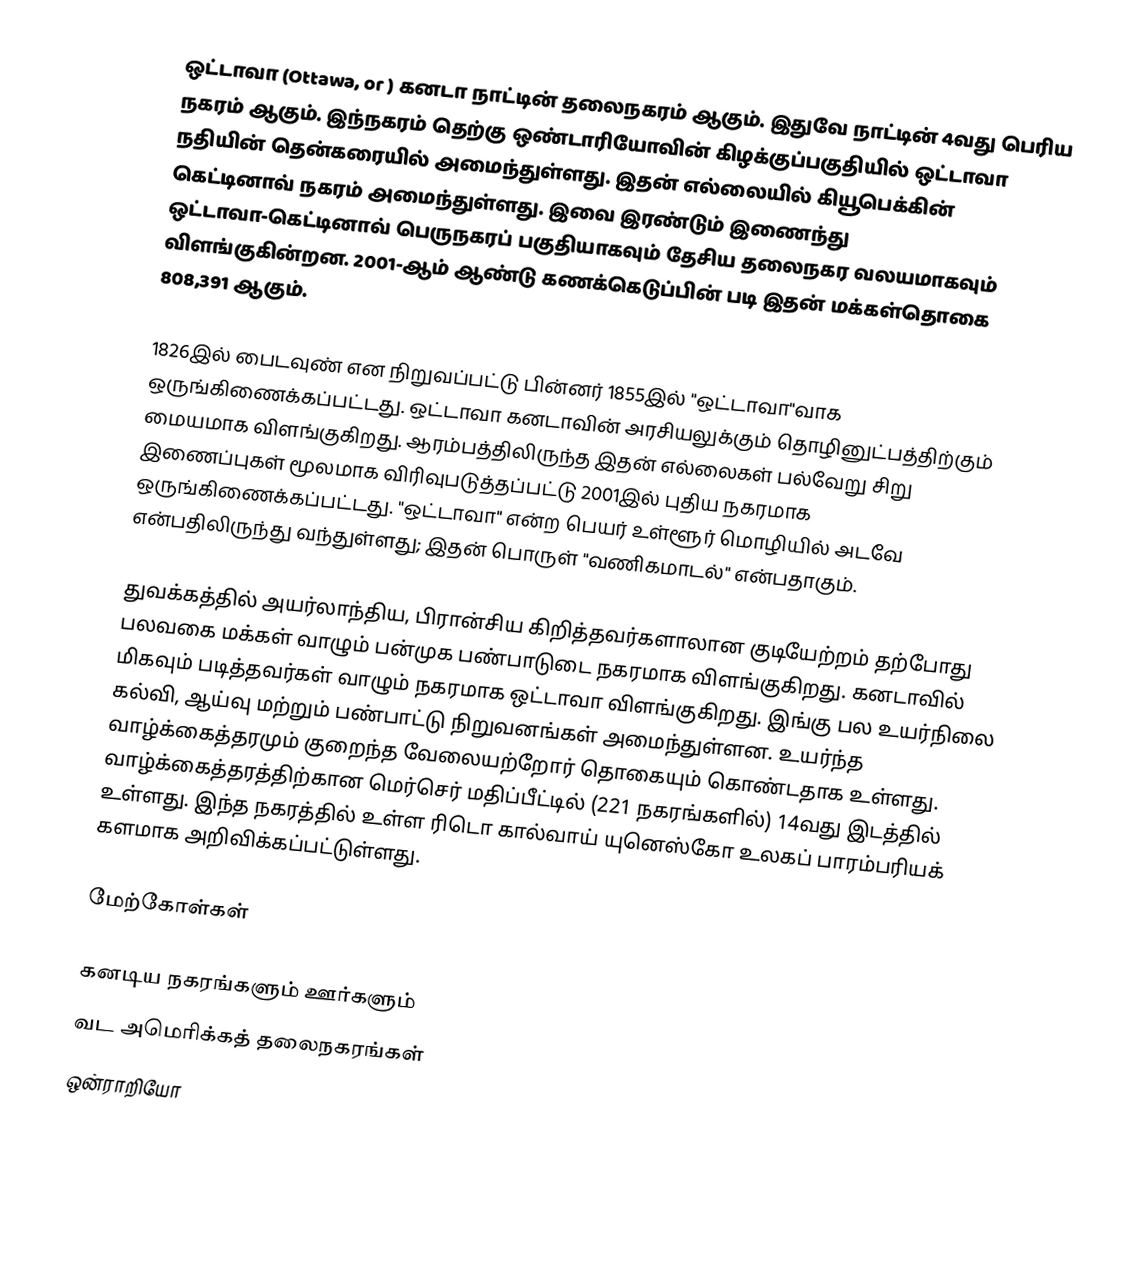
ஒட்டாவா (Ottawa,  or ) கனடா நாட்டின் தலைநகரம் ஆகும். இதுவே நாட்டின் 4வது பெரிய நகரம் ஆகும். இந்நகரம்  தெற்கு ஒண்டாரியோவின் கிழக்குப்பகுதியில் ஒட்டாவா நதியின் தென்கரையில் அமைந்துள்ளது. இதன் எல்லையில் கியூபெக்கின் கெட்டினாவ் நகரம் அமைந்துள்ளது.  இவை இரண்டும் இணைந்து ஒட்டாவா-கெட்டினாவ் பெருநகரப் பகுதியாகவும் தேசிய தலைநகர வலயமாகவும் விளங்குகின்றன. 2001-ஆம் ஆண்டு கணக்கெடுப்பின் படி இதன் மக்கள்தொகை 808,391 ஆகும்.

1826இல் பைடவுண் என நிறுவப்பட்டு பின்னர் 1855இல் "ஒட்டாவா"வாக ஒருங்கிணைக்கப்பட்டது.  ஒட்டாவா கனடாவின் அரசியலுக்கும் தொழினுட்பத்திற்கும் மையமாக விளங்குகிறது.  ஆரம்பத்திலிருந்த இதன் எல்லைகள் பல்வேறு சிறு  இணைப்புகள் மூலமாக விரிவுபடுத்தப்பட்டு 2001இல் புதிய நகரமாக ஒருங்கிணைக்கப்பட்டது.  "ஒட்டாவா" என்ற பெயர் உள்ளூர் மொழியில் அடவே என்பதிலிருந்து வந்துள்ளது; இதன் பொருள்  "வணிகமாடல்" என்பதாகும்.

துவக்கத்தில் அயர்லாந்திய, பிரான்சிய கிறித்தவர்களாலான குடியேற்றம் தற்போது பலவகை மக்கள் வாழும் பன்முக பண்பாடுடை நகரமாக  விளங்குகிறது. கனடாவில் மிகவும் படித்தவர்கள் வாழும் நகரமாக ஒட்டாவா விளங்குகிறது. இங்கு பல உயர்நிலை கல்வி, ஆய்வு மற்றும்  பண்பாட்டு நிறுவனங்கள் அமைந்துள்ளன. உயர்ந்த வாழ்க்கைத்தரமும்  குறைந்த வேலையற்றோர் தொகையும் கொண்டதாக உள்ளது. வாழ்க்கைத்தரத்திற்கான மெர்செர் மதிப்பீட்டில் (221 நகரங்களில்) 14வது  இடத்தில் உள்ளது. இந்த நகரத்தில் உள்ள ரிடொ கால்வாய்  யுனெஸ்கோ உலகப் பாரம்பரியக் களமாக அறிவிக்கப்பட்டுள்ளது.

மேற்கோள்கள்

கனடிய நகரங்களும் ஊர்களும்
வட அமெரிக்கத் தலைநகரங்கள்
ஒன்ராறியோ